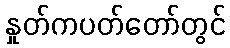
နှုတ်ကပတ်တော်တွင်